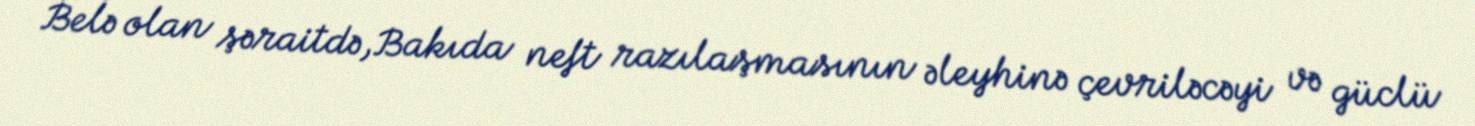
Belə olan şəraitdə,Bakıda neft razılaşmasının əleyhinə çevriləcəyi və güclü